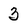
Character: 3